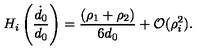
H _ { i } \left( \frac { \dot { d } _ { 0 } } { d _ { 0 } } \right) = \frac { ( \rho _ { 1 } + \rho _ { 2 } ) } { 6 d _ { 0 } } + { \cal O } ( \rho _ { i } ^ { 2 } ) .